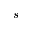
s